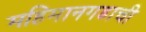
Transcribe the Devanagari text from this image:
महिमानगडाची